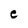
Character: e